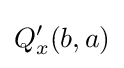
Q'_{x}(b,a)